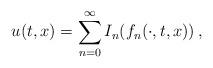
LaTeX: \begin{align*}u({t,x})=\sum_{n=0}^{\infty}I_n(f_n(\cdot,t,x))\,,\end{align*}